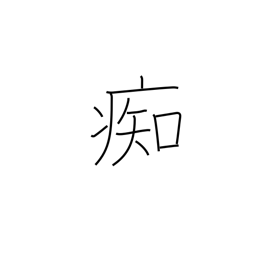
Meaning: stupid